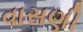
વાસણી